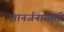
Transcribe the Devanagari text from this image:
ज्ञानर्जनासाठी